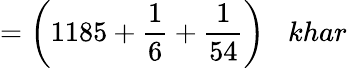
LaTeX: ={\bigg(}1185+{\frac{1}{6}}+{\frac{1}{54}}{\bigg)}\; \; \; khar